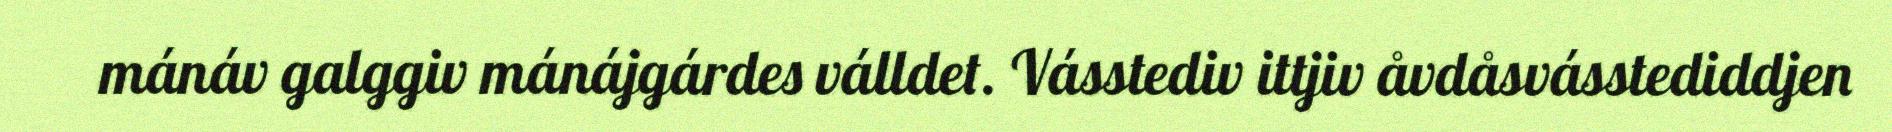
mánáv galggiv mánájgárdes válldet. Vásstediv ittjiv åvdåsvásstediddjen